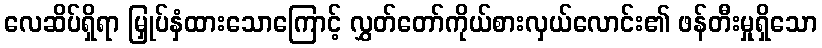
လေဆိပ်ရှိရာ မြှုပ်နှံထားသောကြောင့် လွှတ်တော်ကိုယ်စားလှယ်လောင်း၏ ဖန်တီးမှုရှိသော